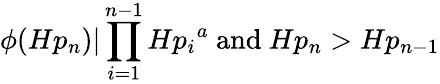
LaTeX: \phi(Hp_{n})|\prod_{i=1}^{n-1}{Hp_{i}}^{a}{\mathrm{~and~}}Hp_{n}>Hp_{n-1}